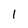
Character: 1